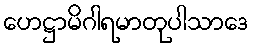
ဟေဋ္ဌာမိဂါရမာတုပါသာဒေ